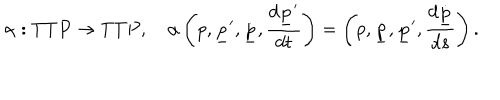
LaTeX: \alpha : T T P \to T T P , \quad \alpha \left( p , { \underline { { p } } } ^ { \prime } , \dot { \underline { { p } } } , { \frac { d { \underline { { p } } } ^ { \prime } } { d t } } \right) = \left( p , \dot { \underline { { p } } } , { \underline { { p } } } ^ { \prime } , { \frac { d \dot { \underline { { p } } } } { d s } } \right) .